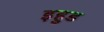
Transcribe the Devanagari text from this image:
इहुड